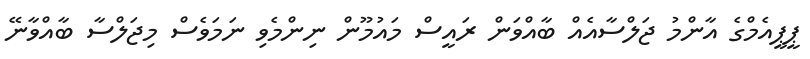
ޕީޕީއެމްގެ އާންމު ޖަލްސާއެއް ބާއްވަން ރައީސް މައުމޫން ނިންމެވި ނަމަވެސް މިޖަލްސާ ބާއްވާނޭ